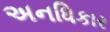
અનધિકાર